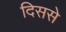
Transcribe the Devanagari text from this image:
दिससे